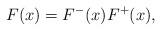
LaTeX: \begin{align*}F(x) = F^{-}(x) F^{+}(x),\end{align*}